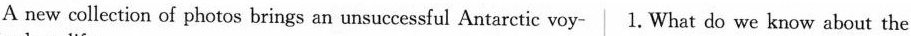
A new collection of photos brings an unsuccessful Antarctic voy- 1. What do we know about the